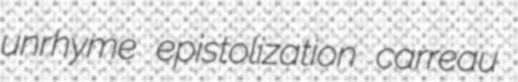
unrhyme epistolization carreau